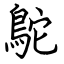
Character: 鴕